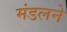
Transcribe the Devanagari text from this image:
मंडलने